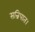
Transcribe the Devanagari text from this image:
सन्निपात।